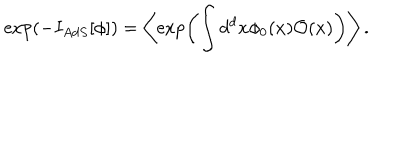
LaTeX: \exp \left( - I _ { A d S } [ \phi ] \right) = \left\langle \exp \left( \int d ^ { d } x \phi _ { 0 } ( x ) \mathcal { O } ( x ) \right) \right\rangle .